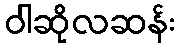
ဝါဆိုလဆန်း